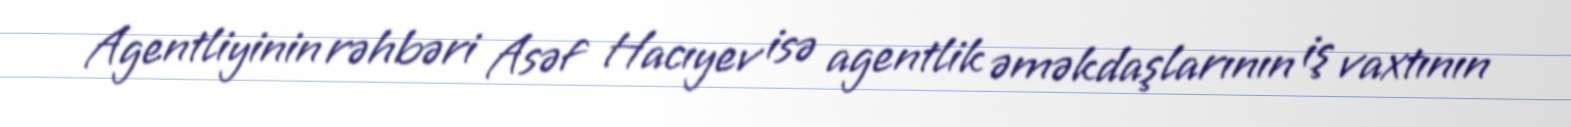
Agentliyinin rəhbəri Asəf Hacıyev isə agentlik əməkdaşlarının iş vaxtının